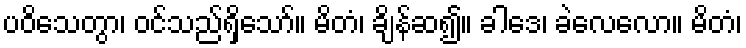
ပဝိသေတွာ၊ ဝင်သည်ရှိသော်။ မိတံ၊ ချိန်ဆ၍။ ခါဒေ၊ ခဲလေလော။ မိတံ၊